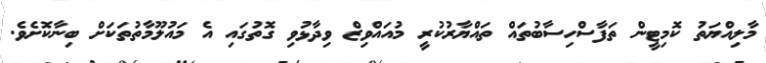
މާލިއްޔަތު ކޮމިޓީން ތަފާސްހިސާބުތައް ތައްޔާރުކުރީ މުއައްވިޒް ވިދާޅުވި ގޮތުގައި އެ މައުލޫމާތުތަކަށް ބިނާކޮށެވެ.